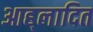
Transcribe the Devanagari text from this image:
आह्‌लादित